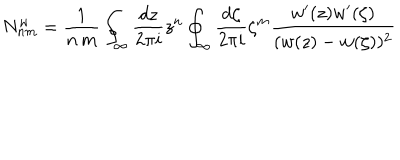
LaTeX: N _ { n m } ^ { w } = \frac 1 { n \, m } \oint _ { \infty } \frac { d z } { 2 \pi i } z ^ { n } \oint _ { \infty } \frac { d \zeta } { 2 \pi i } \zeta ^ { m } \frac { w ^ { \prime } ( z ) w ^ { \prime } ( \zeta ) } { ( w ( z ) - w ( \zeta ) ) ^ { 2 } }